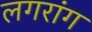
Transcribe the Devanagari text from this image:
लगरांग